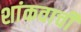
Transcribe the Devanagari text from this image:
शांकवाची